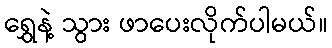
ရွှေနဲ့ သွား ဖာပေးလိုက်ပါမယ်။